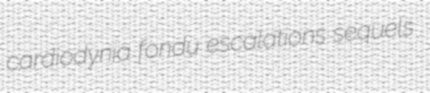
cardiodynia fondu escalations sequels